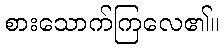
စားသောက်ကြလေ၏။